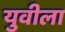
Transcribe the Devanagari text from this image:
युवीला